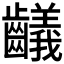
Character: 𪙴